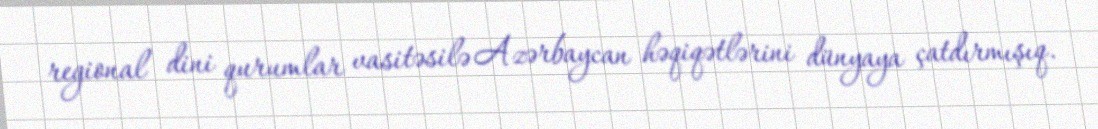
regional dini qurumlar vasitəsilə Azərbaycan həqiqətlərini dünyaya çatdırmışıq.